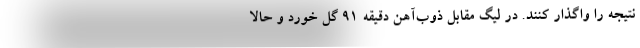
نتیجه را واگذار کنند. در لیگ مقابل ذوب‌آهن دقیقه ۹۱ گل خورد و حالا